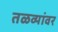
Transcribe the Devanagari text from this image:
तळव्यांवर